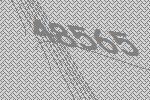
48565